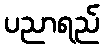
ပညာရည်